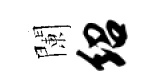
闌绍